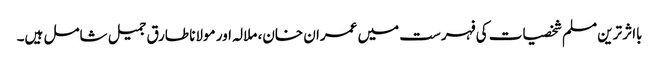
بااثر ترین مسلم شخصیات کی فہرست میں عمران خان، ملالہ اور مولانا طارق جمیل شامل ہیں۔